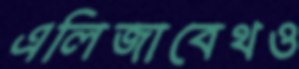
এলিজাবেথও